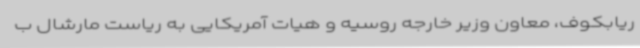
ریابکوف، معاون وزیر خارجه روسیه و هیات آمریکایی به ریاست مارشال ب